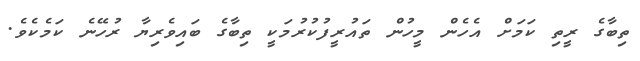
ތިބާގެ ރީތި ކަމަށް އެހެން މީހުން ތައުރީފުކުރުމަކީ ތިބާގެ ބައިވެރިޔާ ރުހޭނެ ކަމެކެވެ.